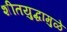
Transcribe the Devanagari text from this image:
शीतयुद्धामुळे